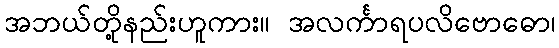
အဘယ်တို့နည်းဟူကား။ အလင်္ကာရပလိဗောဓော၊